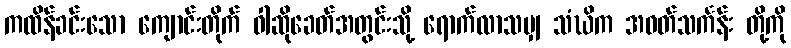
ကထိန်ခင်းသော ကျောင်းတိုက် ဝါဆိုခေတ်အတွင်းသို့ ရောက်လာသမျှ သံဃိက အဝတ်သင်္ကန်း တို့ကို